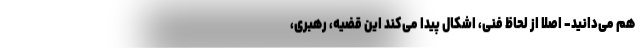
هم می‌دانید- اصلاً از لحاظ فنی، اشکال پیدا می‌کند این قضیه، رهبری،